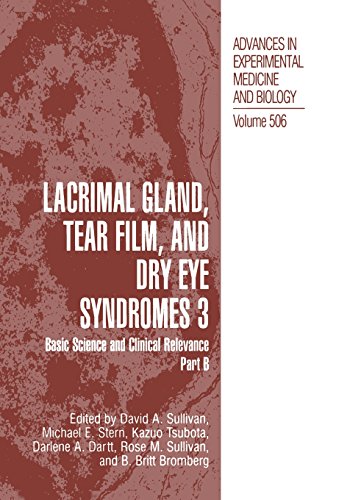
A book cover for Lacrimal Gland, Tear Film, and Dry Eye Syndromes 3: Basic Science and Clinical Relevance Part B (Advances in Experimental Medicine and Biology); Medical Books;